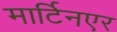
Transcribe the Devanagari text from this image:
मार्टिनएर